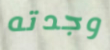
وجدته